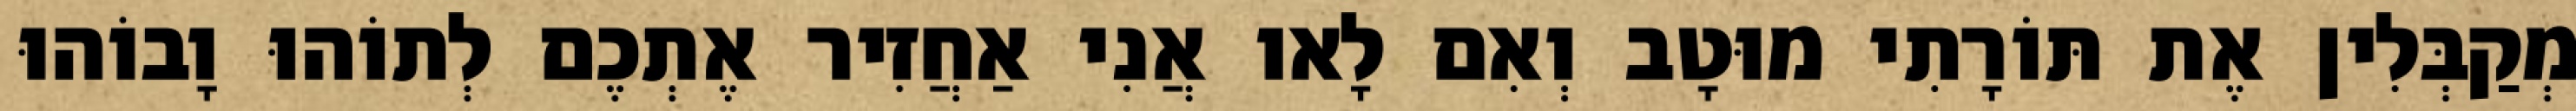
מְקַבְּלִין אֶת תּוֹרָתִי מוּטָב וְאִם לָאו אֲנִי אַחֲזִיר אֶתְכֶם לְתוֹהוּ וָבוֹהוּ